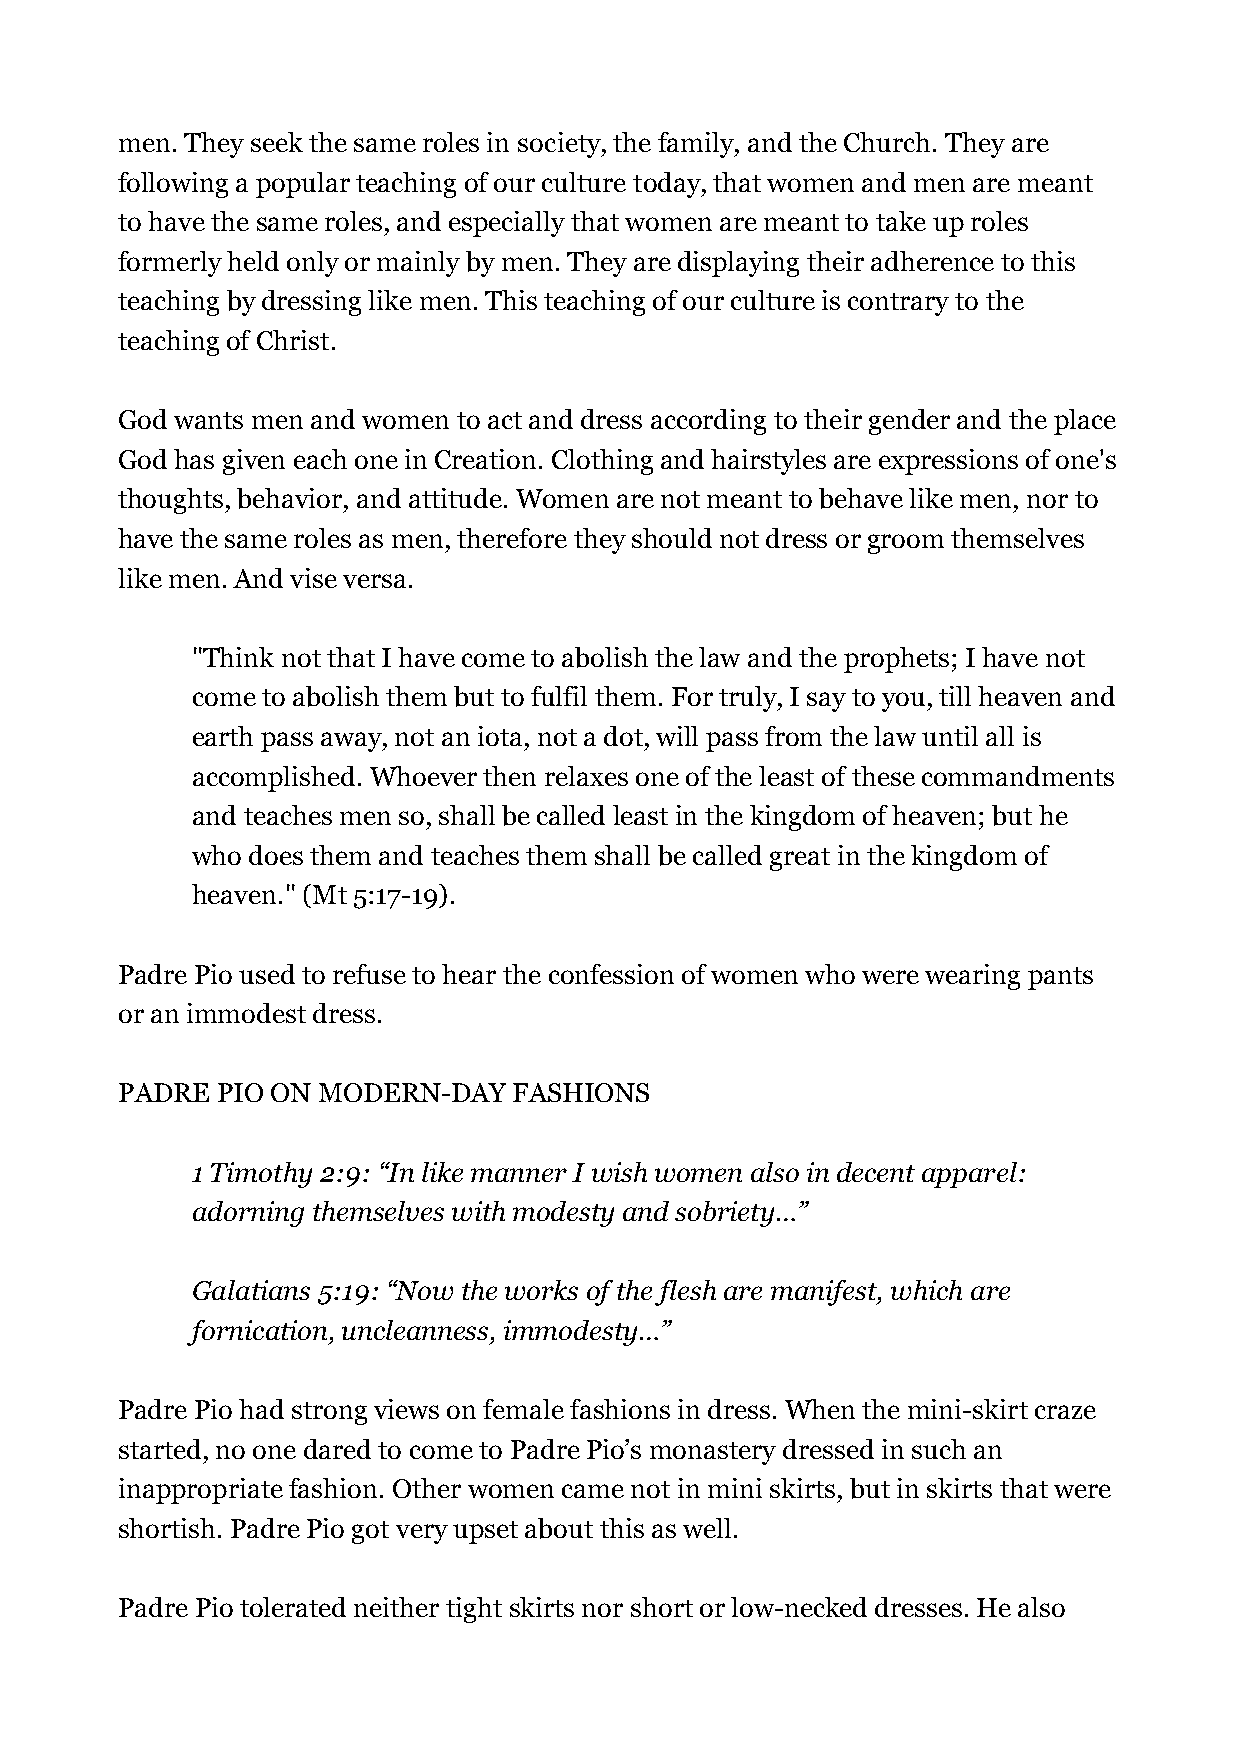
men. They seek the same roles in society, the family, and the Church. They are
 following a popular teaching of our culture today, that women and men are meant
 to have the same roles, and especially that women are meant to take up roles
 formerly held only or mainly by men. They are displaying their adherence to this
 teaching by dressing like men. This teaching of our culture is contrary to the
 teaching of Christ.
 God wants men and women to act and dress according to their gender and the place
 God has given each one in Creation. Clothing and hairstyles are expressions of one's
 thoughts, behavior, and attitude. Women are not meant to behave like men, nor to
 have the same roles as men, therefore they should not dress or groom themselves
 like men. And vise versa.
 "Think not that I have come to abolish the law and the prophets; I have not
 come to abolish them but to fulfil them. For truly, I say to you, till heaven and
 earth pass away, not an iota, not a dot, will pass from the law until all is
 accomplished. Whoever then relaxes one of the least of these commandments
 and teaches men so, shall be called least in the kingdom of heaven; but he
 who does them and teaches them shall be called great in the kingdom of
 heaven." (Mt 5:17-19).
 Padre Pio used to refuse to hear the confession of women who were wearing pants
 or an immodest dress.
 PADRE PIO ON MODERN-DAY   FASHIONS
 1 Timothy 2:9: “In like manner I wish women also in decent apparel:
 adorning themselves with modesty and sobriety…”
 Galatians 5:19: “Now the works of the flesh are manifest, which are
 fornication, uncleanness, immodesty…”
 Padre Pio had strong views on female fashions in dress. When the mini-skirt craze
 started, no one dared to come to Padre Pio’s monastery dressed in such an
 inappropriate fashion. Other women came not in mini skirts, but in skirts that were
 shortish. Padre Pio got very upset about this as well.
 Padre Pio tolerated neither tight skirts nor short or low-necked dresses. He also